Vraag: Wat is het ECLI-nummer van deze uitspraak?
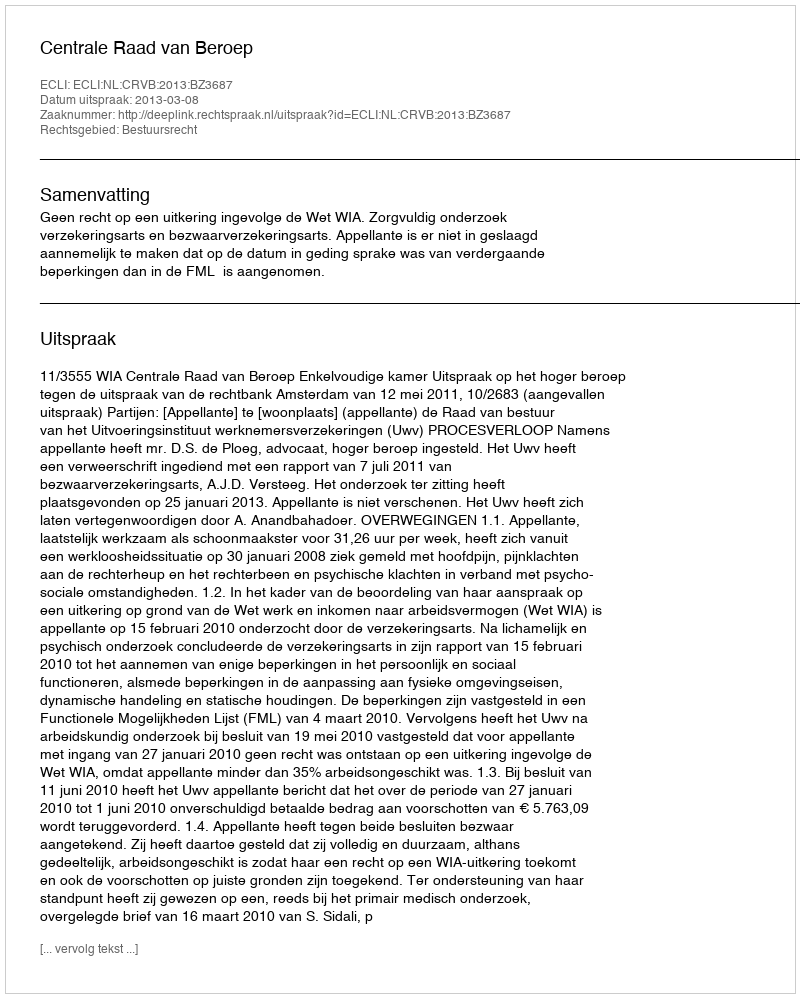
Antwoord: ECLI:NL:CRVB:2013:BZ3687